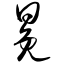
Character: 冕